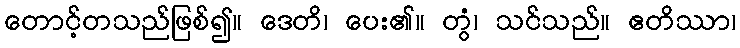
တောင့်တသည်ဖြစ်၍။ ဒေတိ၊ ပေး၏။ တွံ၊ သင်သည်။ ဧတိဿာ၊